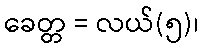
ခေတ္တ = လယ်(၅)၊